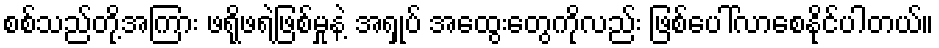
စစ်သည်တို့အကြား ဖရိုဖရဲဖြစ်မှုနဲ့ အရှုပ် အထွေးတွေကိုလည်း ဖြစ်ပေါ်လာစေနိုင်ပါတယ်။